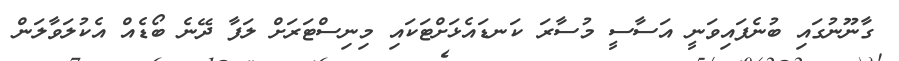
ގާނޫނުގައި ބުނެފައިވަނީ އަސާސީ މުސާރަ ކަނޑައެޅަށްޓަކައި މިނިސްޓަރަށް ލަފާ ދޭނެ ބޯޑެއް އެކުލަވާލަން